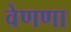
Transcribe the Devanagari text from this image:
वेणणा